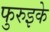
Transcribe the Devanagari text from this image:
फुरुइके